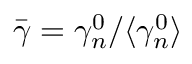
\bar { \gamma } = \gamma _ { n } ^ { 0 } / \langle \gamma _ { n } ^ { 0 } \rangle